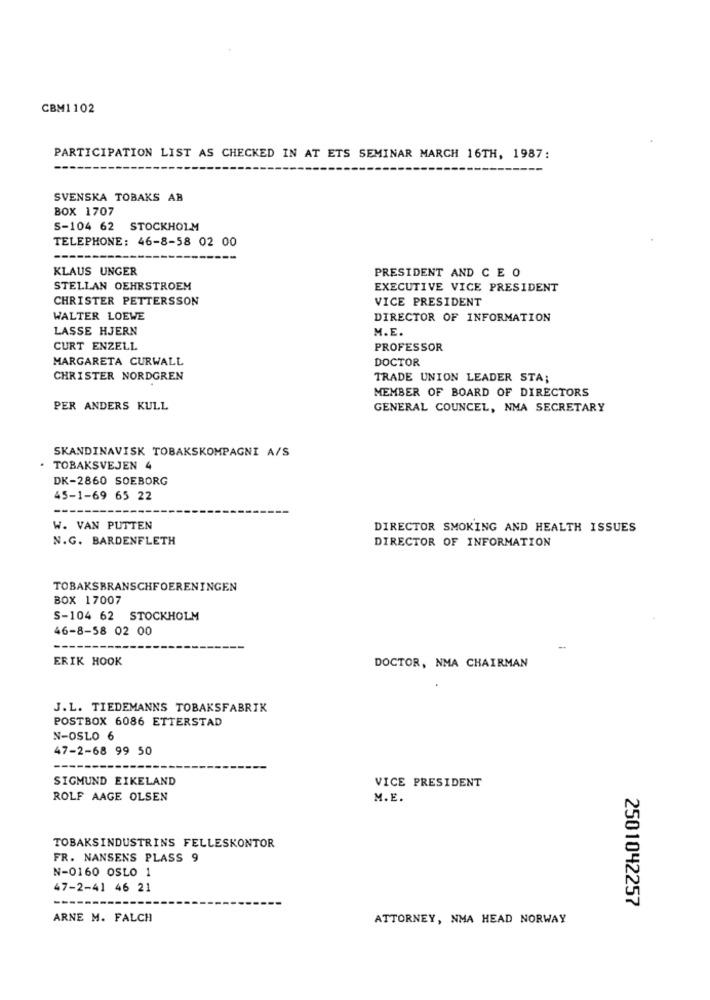
CBM1102
PARTICIPATION LIST AS CHECKED IN AT ETS SEMINAR MARCH 16TH, 1987:
SVENSKA TOBAKS AB
BOX 1707
5-104 62 STOCKHOLM
TELEPHONE: 46-8-58 02 00
KLAUS UNGER
PRESIDENT AND C E O
STELLAN OEHRSTROEM
EXECUTIVE VICE PRESIDENT
CHRISTER PETTERSSON
VICE PRESIDENT
WALTER LOEWE
DIRECTOR OF INFORMATION
LASSE HJERN
M.E.
CURT ENZELL
PROFESSOR
MARGARETA CURWALL
DOCTOR
CHRISTER NORDGREN
TRADE UNION LEADER STA;
MEMBER OF BOARD OF DIRECTORS
PER ANDERS KULL
GENERAL COUNCEL, NMA SECRETARY
SKANDINAVISK TOBAKSKOMPAGNI A/S
. TOBAKSVEJEN 4
DK-2860 SOEBORG
45-1-69 65 22
W. VAN PUTTEN
DIRECTOR SMOKING AND HEALTH ISSUES
N.G. BARDENFLETH
DIRECTOR OF INFORMATION
TOBAKSBRANSCHFOERENINGEN
BOX 17007
S-104 62 STOCKHOLM
46-8-58 02 00
ERIK HOOK
DOCTOR, NMA CHAIRMAN
J.L. TIEDEMANNS TOBAKSFABRIK
POSTBOX 6086 ETTERSTAD
N-OSLO 6
47-2-68 99 50
SIGMUND EIKELAND
VICE PRESIDENT
ROLF AAGE OLSEN
M.E.
TOBAKSINDUSTRINS FELLESKONTOR
FR. NANSENS PLASS 9
N-0160 OSLO 1
47-2-41 46 21
2501042257
ARNE M. FALCH
ATTORNEY, NMA HEAD NORWAY